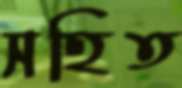
সহিত